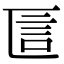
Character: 𠥵